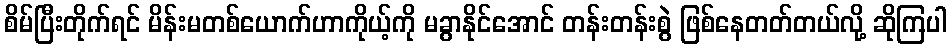
စိမ်ပြီးတိုက်ရင် မိန်းမတစ်ယောက်ဟာကိုယ့်ကို မခွာနိုင်အောင် တန်းတန်းစွဲ ဖြစ်နေတတ်တယ်လို့ ဆိုကြပါ